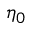
\eta _ { 0 }